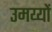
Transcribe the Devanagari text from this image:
उमय्यों